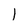
Character: 1